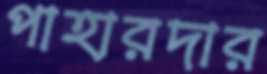
পাহারদার